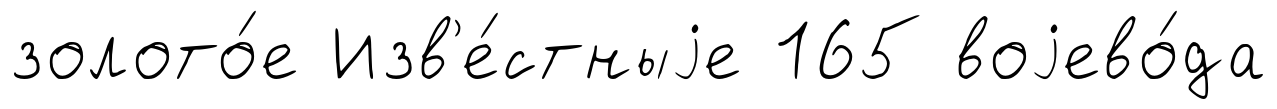
золото́е Изв'е́стныjе 165 воjево́да